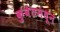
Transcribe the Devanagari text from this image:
कुवेतमधून